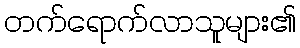
တက်ရောက်လာသူများ၏